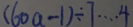
( 6 0 a - 1 ) \div 7 \cdots 4